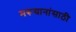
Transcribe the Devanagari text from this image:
मरूद्यानांसाठी